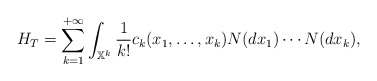
\begin{align*}H_T = \sum_{k=1}^{+\infty} \int_{\mathbb X^k} \frac{1}{k!} c_k(x_1,\ldots,x_k) N(dx_1) \cdots N(dx_k),\end{align*}